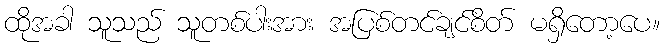
ထိုအခါ သူသည် သူတစ်ပါးအား အပြစ်တင်ချင်စိတ် မရှိတော့ပေ။